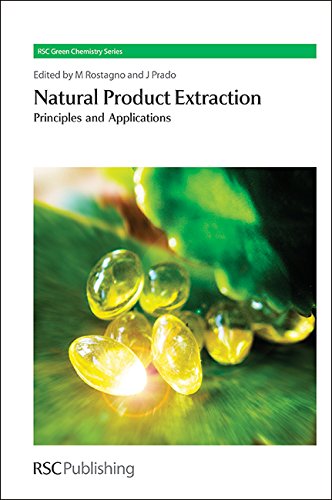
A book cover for Natural Product Extraction: Principles and Applications (RSC Green Chemistry); Science & Math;